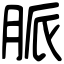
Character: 脈